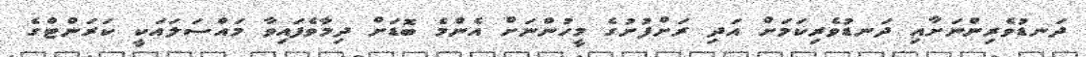
ދަނޑުވެރިންނަށާއި ދަނޑުވެރިކަމަށް އަދި ރަށްފުށުގެ މީހުންނަށް އެންމެ ބޮޑަށް ދިމާވެފައިވާ މައްސަލައަކީ ކަރަންޓްގެ